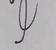
Signature authenticity: genuine